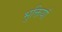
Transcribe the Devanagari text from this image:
भुक्तियाँ